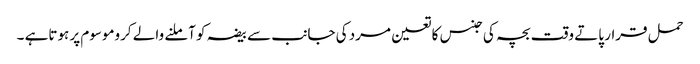
حمل قرار پاتے وقت بچہ کی جنس کا تعین مرد کی جانب سے بیضہ کو آملنے والے کروموسوم پر ہوتاہے ۔